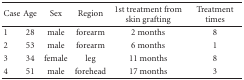
<table><thead><tr><td><b>Case</b></td><td><b>Age</b></td><td><b>Sex</b></td><td><b>Region</b></td><td><b>1st treatment from skin grafting</b></td><td><b>Treatment times</b></td></tr></thead><tbody><tr><td>1</td><td>28</td><td>male</td><td>forearm</td><td>2 months</td><td>8</td></tr><tr><td>2</td><td>53</td><td>male</td><td>forearm</td><td>6 months</td><td>1</td></tr><tr><td>3</td><td>34</td><td>female</td><td>leg</td><td>11 months</td><td>8</td></tr><tr><td>4</td><td>51</td><td>male</td><td>forehead</td><td>17 months</td><td>3</td></tr></tbody></table>